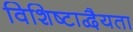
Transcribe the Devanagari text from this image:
विशिष्टाद्वैयता